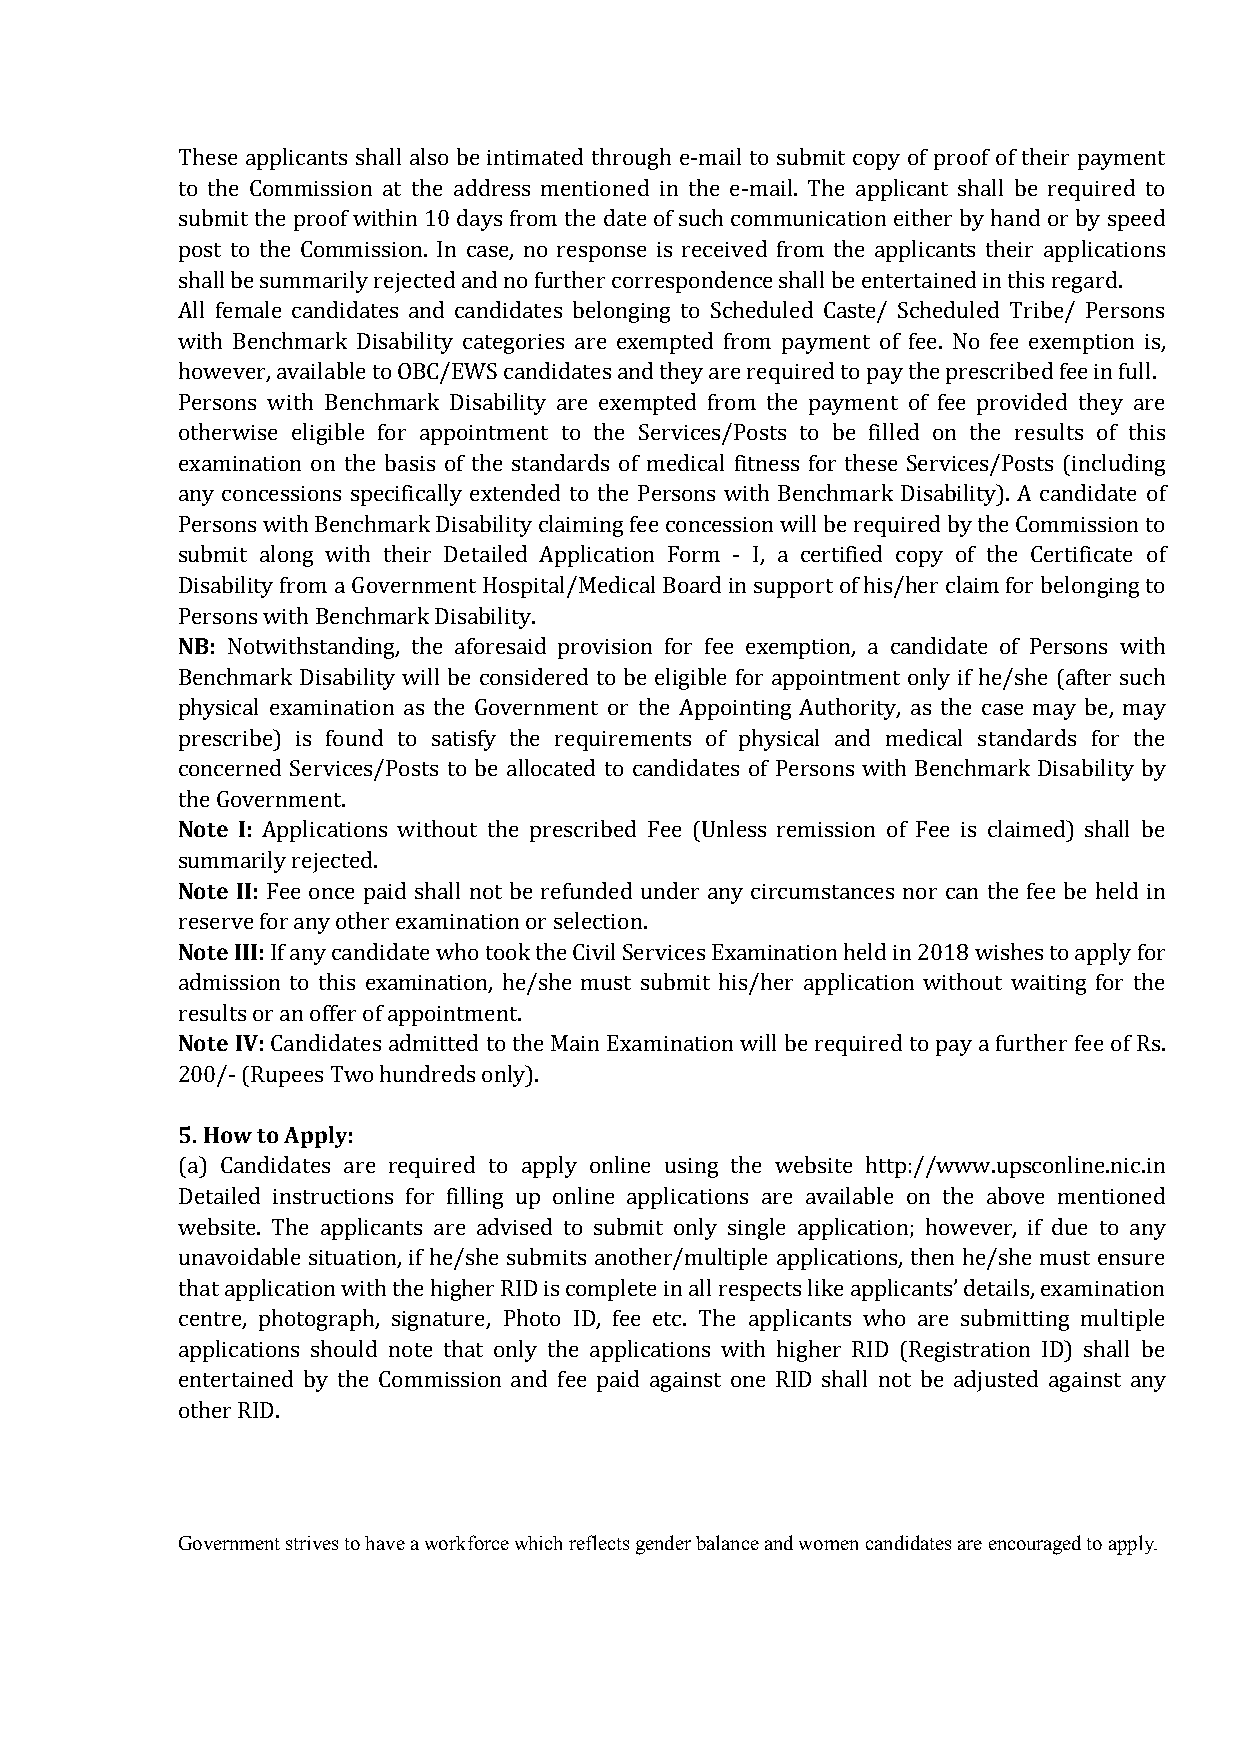
These applicants shall also be intimated through e-mail to submit copy of proof of their payment
 to the Commission at the address mentioned in the e-mail. The applicant shall be required to
 submit the proof within 10 days from the date of such communication either by hand or by speed
 post to the Commission. In case, no response is received from the applicants their applications
 shall be summarily rejected and no further correspondence shall be entertained in this regard.
 All female candidates and candidates belonging to Scheduled Caste/ Scheduled Tribe/ Persons
 with Benchmark Disability categories are exempted from payment of fee. No fee exemption is,
 however, available to OBC/EWS candidates and they are required to pay the prescribed fee in full.
 Persons with Benchmark Disability are exempted from the payment of fee provided they are
 otherwise eligible for appointment to the Services/Posts to be filled on the results of this
 examination on the basis of the standards of medical fitness for these Services/Posts (including
 any concessions specifically extended to the Persons with Benchmark Disability). A candidate of
 Persons with Benchmark Disability claiming fee concession will be required by the Commission to
 submit along with their Detailed Application Form - I, a certified copy of the Certificate of
 Disability from a Government Hospital/Medical Board in support of his/her claim for belonging to
 NB:
 Persons with Benchmark Disability.
 Notwithstanding, the aforesaid provision for fee exemption, a candidate of Persons with
 Benchmark Disability will be considered to be eligible for appointment only if he/she (after such
 physical examination as the Government or the Appointing Authority, as the case may be, may
 prescribe) is found to satisfy the requirements of physical and medical standards for the
 concerned Services/Posts to be allocated to candidates of Persons with Benchmark Disability by
 Note I:
 the Government.
 Applications without the prescribed Fee (Unless remission of Fee is claimed) shall be
 Note II:
 summarily rejected.
 Fee once paid shall not be refunded under any circumstances nor can the fee be held in
 Note III:
 reserve for any other examination or selection.
 If any candidate who took the Civil Services Examination held in 2018 wishes to apply for
 admission to this examination, he/she must submit his/her application without waiting for the
 Note IV:
 results or an offer of appointment.
 Candidates admitted to the Main Examination will be required to pay a further fee of Rs.
 200/- (Rupees Two hundreds only).
 5. How to Apply:
 (a) Candidates are required to apply online using the website http://www.upsconline.nic.in
 Detailed instructions for filling up online applications are available on the above mentioned
 website. The applicants are advised to submit only single application; however, if due to any
 unavoidable situation, if he/she submits another/multiple applications, then he/she must ensure
 that application with the higher RID is complete in all respects like applicants’ details, examination
 centre, photograph, signature, Photo ID, fee etc. The applicants who are submitting multiple
 applications should note that only the applications with higher RID (Registration ID) shall be
 entertained by the Commission and fee paid against one RID shall not be adjusted against any
 other RID.
 Government strives to have a workforce which reflects gender balance and women candidates are encouraged to apply.